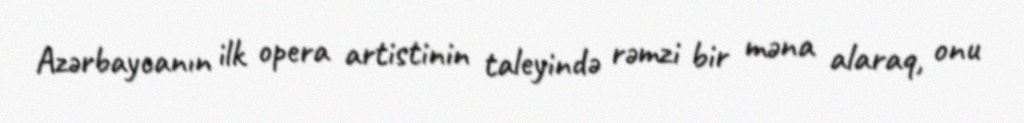
Azərbaycanın ilk opera artistinin taleyində rəmzi bir məna alaraq, onu